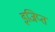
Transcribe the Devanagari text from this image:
इजिप्‍त